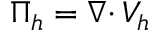
\Pi _ { h } = { { \nabla \cdot } \, } V _ { h }